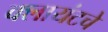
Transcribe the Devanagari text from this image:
क्लायंटचे